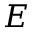
\cal E